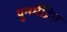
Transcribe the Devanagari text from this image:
पुनर्मद्रित